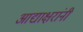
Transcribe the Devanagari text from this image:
आद्याक्षरांनी